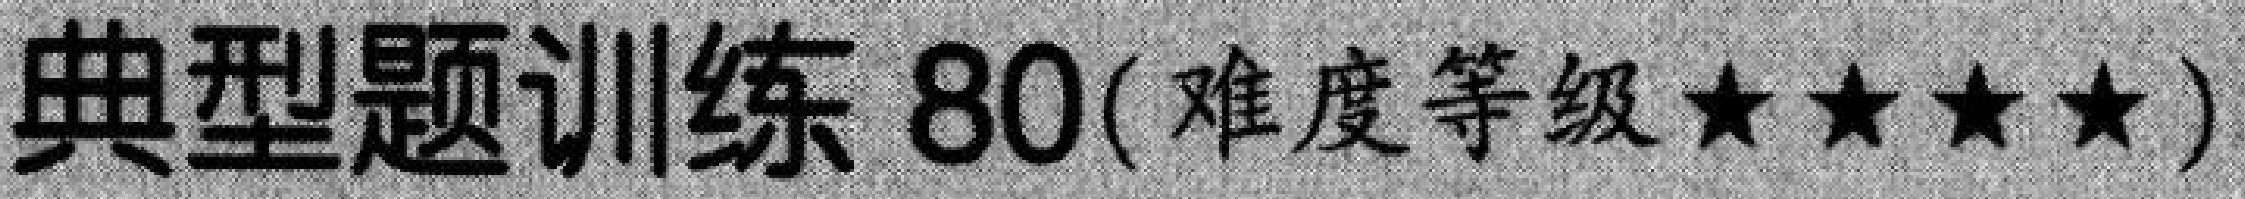
典型题训练80(难度等级★★★★)